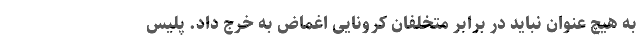
به هیچ عنوان نباید در برابر متخلفان کرونایی اغماض به خرج داد. پلیس